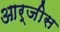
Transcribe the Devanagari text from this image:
आर्जीस